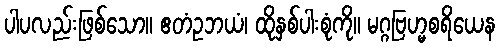
ပါပလည်းဖြစ်သော။ ဧတံဥဘယံ၊ ထိုနှစ်ပါးစုံကို။ မဂ္ဂဗြဟ္မစရိယေန